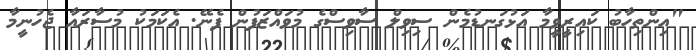
"އިންތިހާބު ކައިރީވީމާ އަޅުގަނޑުމެން ސިވިލް ސާވިސްގެ މުވައްޒަފުން ފެނޭ. އެކަމަކު މުސާރައާ ޖެހުނީމާ